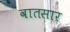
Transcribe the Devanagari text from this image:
वातसार